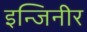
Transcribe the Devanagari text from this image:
इन्जिनीर